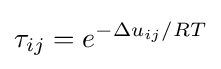
\tau _{ij}=e^{-\Delta u_{ij}/{RT}}